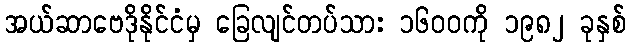
အယ်ဆာဗေဒိုနိုင်ငံမှ ခြေလျင်တပ်သား ၁၆၀၀ကို ၁၉၈၂ ခုနှစ်